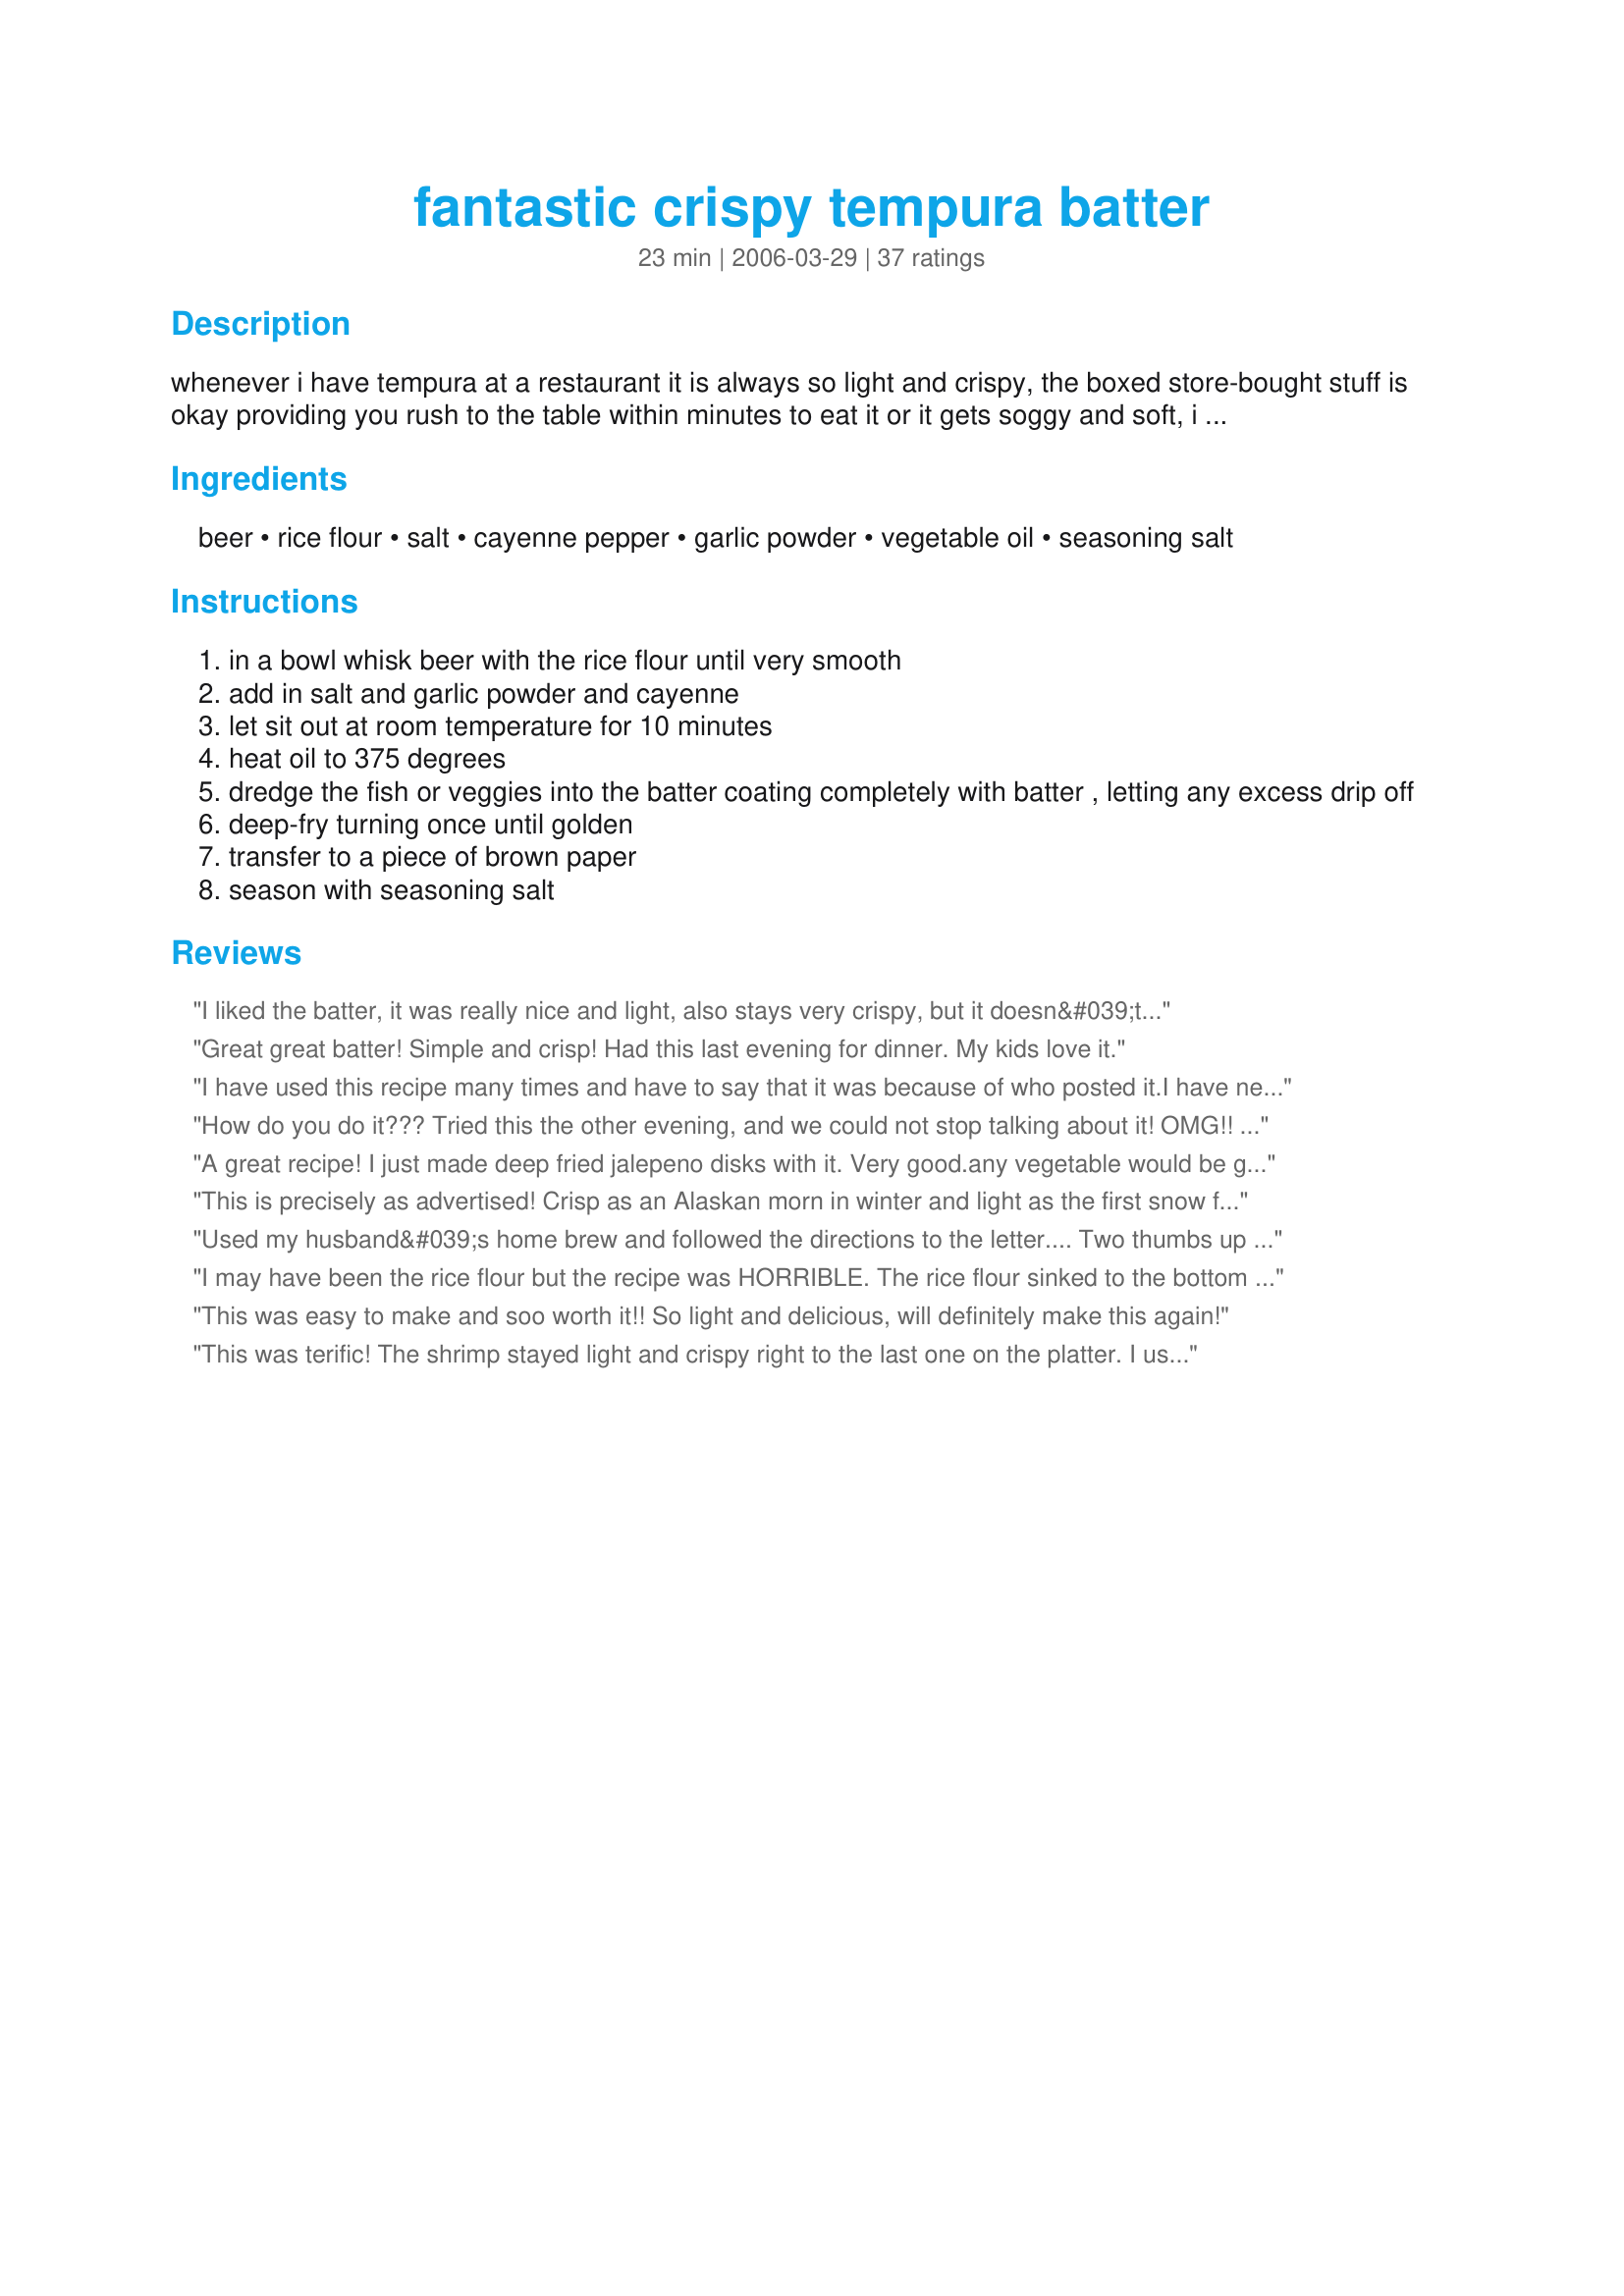
fantastic crispy tempura batter
Preparation time: 23 minutes

whenever i have tempura at a restaurant it is always so light and crispy, the boxed store-bought stuff is okay providing you rush to the table within minutes to eat it or it gets soggy and soft, i have tryed many tempura recipes over my 35 years of cooking i have to say this one is the best, it produces a very light crispy coating that holds up well --- i have used this to make tempura veggies and froze them after deep-frying in this batter, and just reheated them in a small amount of oil, also with bite-size meaty pieces of fish and with about 15 large peeled shrimp cooked about 3 minutes --- remember the tempura must sit out at room temperature for 10 minutes before using, if you want to make a double recipe of tempura, then make two exact recipes using two separate bowls, do not double the recipe and make it all in one bowl it will not work --- use only rice flour for this anything else will not work the same and use only a light-coloured beer.

Ingredients:
beer, rice flour, salt, cayenne pepper, garlic powder, vegetable oil, seasoning salt

Steps:
in a bowl whisk beer with the rice flour until very smooth
add in salt and garlic powder and cayenne
let sit out at room temperature for 10 minutes
heat oil to 375 degrees
dredge the fish or veggies into the batter coating completely with batter , letting any excess drip off
deep-fry turning once until golden
transfer to a piece of brown paper
season with seasoning salt

Reviews:
I liked the batter, it was really nice and light, also stays very crispy, but it doesn&#039;t taste like tempura in a restaurant. Still very tasty though!
Great great batter! Simple and crisp! Had this last evening for dinner. My kids love it.
I have used this recipe many times and have to say that it was because of who posted it.I have never had anything bad from kitten.Anyway,to the lady that issued the warning on frying with olive oil,I have been frying this way for years and still here.I have not had a problem doing it.This is a great batter for frying anything.In fact,if you just want to munch on a fritter fry it without anything in it.lol I always dip what I am frying in flour before dipping into the batter as the batter holds on better.<br/>I did cut some big french fries with peel on and fried in this batter and they are way good.Back when we could afford steak once a month hubby wanted these fries with it.Thanks for another good one kitten.
How do you do it??? Tried this the other evening, and we could not stop talking about it! OMG!! It was the BEST shrimp I have ever made! It was just what I was looking for. THEY STAYED CRISP! I didn't put all the seasonings like the recipe said, but I will next time. Was afraid it would be overpowering, but it can definately take all the measurements. My DH wants to come and stay one week at your house! LOL I just want to thank you for all your wonderful recipes, I have made numerous ones and have been pleased with each and every one of them. You have made our meal times very enjoyable. Keep up the good work!!! Thanks!!
A great recipe! I just made deep fried jalepeno disks with it. Very good.<br/>any vegetable would be good with this. Next I'm doing shrimp.<br/>Going in my recipe book for sure!
This is precisely as advertised! Crisp as an Alaskan morn in winter and light as the first snow flake. I used Blue Moon beer and dredged thin slices of sweet potato, zucchini, onion, broccoli florets and shrimp in seasoned rice flour, then batter and it was phenomenal.
Used my husband&#039;s home brew and followed the directions to the letter.... Two thumbs up from the husband. I found the rice flour to be somewhat &quot;stickier&quot; during the chewing phase than wheat flour versions, but (as other reviewers have noted) the initial crispiness was superb. This recipe goes really well with carrots, broccoli, cauliflower, and eggplant.
I may have been the rice flour but the recipe was HORRIBLE. The rice flour sinked to the bottom and refused to mix with the beer. it was like having sand and water, it may be that the rice flour I bought was to coarse, I don't know, it wasn't that easy to find either. In addition to that I got a rash allergy on my face which I suspect is from the rice flour since I never had a rash from the fish.

totally dissapointed.
This was easy to make and soo worth it!! So light and delicious, will definitely make this again!
This was terific! The shrimp stayed light and crispy right to the last one on the platter. I used really large shrimp--8 to 12 size, and the only thing I changed on the original recipe was that I dipped my shrimp in additional flour to make sure the batter clung.--Worked great! Thanks so much.
This batter is really OUTSTANDING! I agree with the previous comments. thanks Kittencal for posting
This is so versatile and absolutely the best batter ever.
I've used it for vegetables, fish, and even chicken nuggets. It makes the greatest fried cod. 
This is another hit recipe for you, Kittencal. Thanks so much for posting. Dena
Great batter, texture, flavor.

To the previous posted that uses Extra Virgin Olive Oil to fry foods in, this is a good way to kill yourself. Use grapeseed or canola oil if you don't want to use veg oil.

When you heat up an oil with a low smoking point like olive oil it can catch fire, or explode if you put too much moisture in it. The heat also breaks down the oil and creates free radicals and carcinogens.

It is far more unhealthy and very dangerous to fry in olive oil despite how healthy olive oil is normally.
Great Batter. My family loves this. I fry up okra, zucchini, yellow summer squash, green tomatoes using this batter(-whatever I have excess of) and drain it on paper towel, then place on cookie sheets in the freezer. When frozen place in gallon freezer bags. This is great for winter time when there is none of thses veggies fresh. Makes for a quick side dish. You can either refry till crisp or heat up in oven till crisp. YUMMMY!!!!!!!!!!
This recipe is great! The battered shrimp turned out light and crunchy. In fact, it stayed crunchy long after they were removed from the fryer. I didn't add the seasoned salt at the end, but I did serve it with some La Choy Sweet and Sour Sauce.
Worked great on my meat but not the veggies. Will have to try again with only veggies next time.
all i can do is repeat deannes comments.kittencal is ALWAYS A WINNER. thanks for sharing
Never having written a review, I was so impressed with the "crispy" results from the combination of beer and rice flour that I used on some left-over chicken, in addition to some onion rings, I had to rate this as a "5" star recipe. However, if you add salt to the batter, you may not want to add any additional to the finished dish.
Fantastic is right! I'll never buy that boxed stuff again! Sorry it's taken so long to review...I wrote this on a recipe card to add to my box when I realized I never reviewed this! I used budweiser beer cuz that's what we drink, used the rice flour (it's true...it does make a difference), used 1 teaspoon of cayenne (the spicier the better), and I've tried tried it with chicken and steak . Both were excellent...I'm gonna do veggies sometime, too! Thanks for another killer recipe kitten!!!!
This is by far the best beer batter for shirmp that I have tried! Thanks so much for sharing!!
This was a relatively easy batter to make, although I used extra virgin olive oil instead of vegetable oil. I used a Founders Dry hopped Pale Ale; the batter will pick up the taste of whatever beer you use, so choose something you enjoy tasting. Everything stayed very crispy, even an hour or so after cooking. I made fish and vegetables, which was a big hit with the family.
Great recipe. If you dredge the fish in a light coating of seasoned rice flour before putting in the batter, the batter will adhere much better and will stick to the fish better.
Good batter. It doesn't coat as expected. But the tempura stayed crispy as stated. Thank you.
Went looking for an easy and well rated Tempura batter recipe today and found this one by Kittencal and knew this would be a good one because she has never failed me yet...I was not wrong. This recipe was easy and fantastic. My husband is still raving. Thanks for another great recipe Kittencal.
I loved this! I thought it was perfect, just like my favorite Chinese place. My husband disagreed, but still liked it and he doesn't like anything. I'm definitely saving this one.
I reduced the salt to 1/2 tsp to make it less salty, and beer to 1/2 cup to make the batter thicker, added 1/4 tsp of sugar for flavor, and 1/2 tsp of baking soda to make it fluffier
made this and used when we had fondue night! works awesome with oil.... i did learn not to use tempura when youre doing a fondue broth. whoops! LOVE this tempura batter. added just a little bit more rice flour.
Wonderful way to cook shrimp or vegetables! I can't stop saying I love it!
So surprised. I love Tempura, however have never liked the tradional recipe...so I use just Beer and Flour. The rice flour and seasonings were wonderful! Thank you again!
Must have done something very wrong - tried twice and all I got was an orange lump in the bowl, which would not coat anything. Possibly what you call rice flour in the USA is not what we call rice flour here in Australia. After reading all the rave reviews, I think the mistake is mine!!
Not a Tempura Batter at all. I used the Rice Flour and I personally Did not like it. Its barely at batter, more of a very light coating. The Shrimp is all i could taste in this recipe, I like that Thick Crunchy Puffy Batter. I'll be using my AP flour next time.
i had originally picked another batter recipe until i saw that this one was posted by THE kittencal. i have made your recipes in the past and have never once been disappointed. this was another example. had a hard time finding rice flour but it was worth it! i used this batter for chicken strips and my family ate it up faster than i could fry it up! will DEFINITELY make this again! kudos!
This recipe produced better shrimp than any I've gotten from a restaurant in years. I am not exaggerating. And this is the first recipe review I've written in my life so I am serious!.
Don&#039;t waste your time and ingredients
THANK YOU! Finally a recipe that stays crispy. I LOVE this with chicken and stir fried Chinese vegetables over rice. I use white rice flour and brown rice flour. This recipe has never failed me yet.
I have made this 3 times now. Once I used it for tempura shrimp sushi, once for onion straws, and once for plain tempura shrimp. The crispiness holds up, even in sushi, even after said sushi has been sitting in the fridge overnight. To make this gluten free, just sub club soda for the beer and add a little sugar. I also like to add some wasabi powder.
What better way to start the year than with a 5 star tried and true kittencal recipe. Again kcal delivers with a wonderfully foolproof recipe for tempura batter.
Hats off and many thanks to recipezaar's kittencal!
Seriously you cannot go wrong with kittencal's recipes!!
